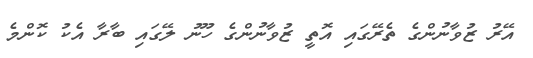
އޭރު ޒުވާނުންގެ ތެރޭގައި އޮތީ ޒުވާނުންގެ ހޫނު ލޭގައި ބާރާ އެކު ކޮންމެ